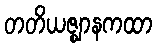
တတိယဇ္ဈာနကထာ